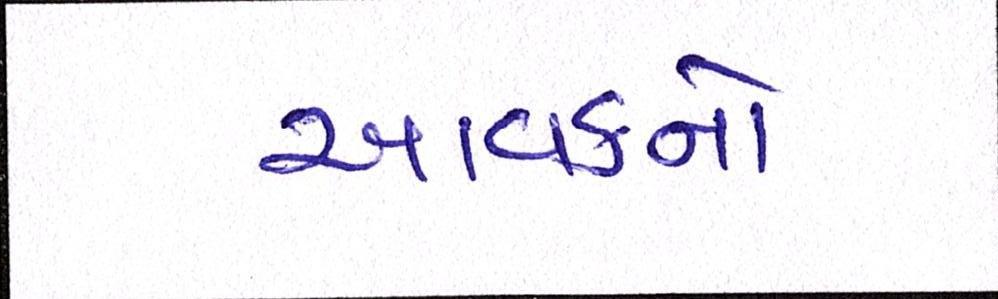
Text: આવકનો